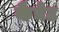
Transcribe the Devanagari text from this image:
कैबेट